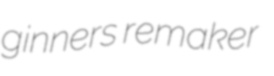
ginners remaker